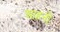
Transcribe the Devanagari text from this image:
आहनी